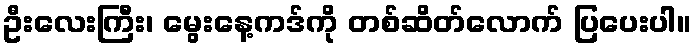
ဦးလေးကြီး၊ မွေးနေ့ကဒ်ကို တစ်ဆိတ်လောက် ပြပေးပါ။